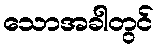
သောအခါတွင်